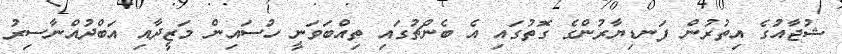
ޝުޖާއުގެ އިތުރުން ފަނޑިޔާރުންގެ ގޮތުގައި އެ ބެންޗުގައި ތިއްބަވަނީ ހުސައިން މަޒީދާއި އަބްދުއްނާސިރު